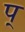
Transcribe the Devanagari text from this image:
प्‌